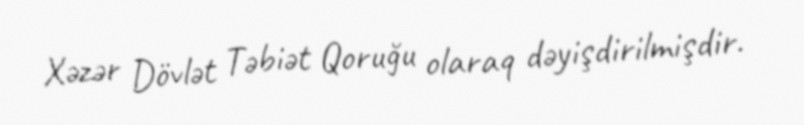
Xəzər Dövlət Təbiət Qoruğu olaraq dəyişdirilmişdir.